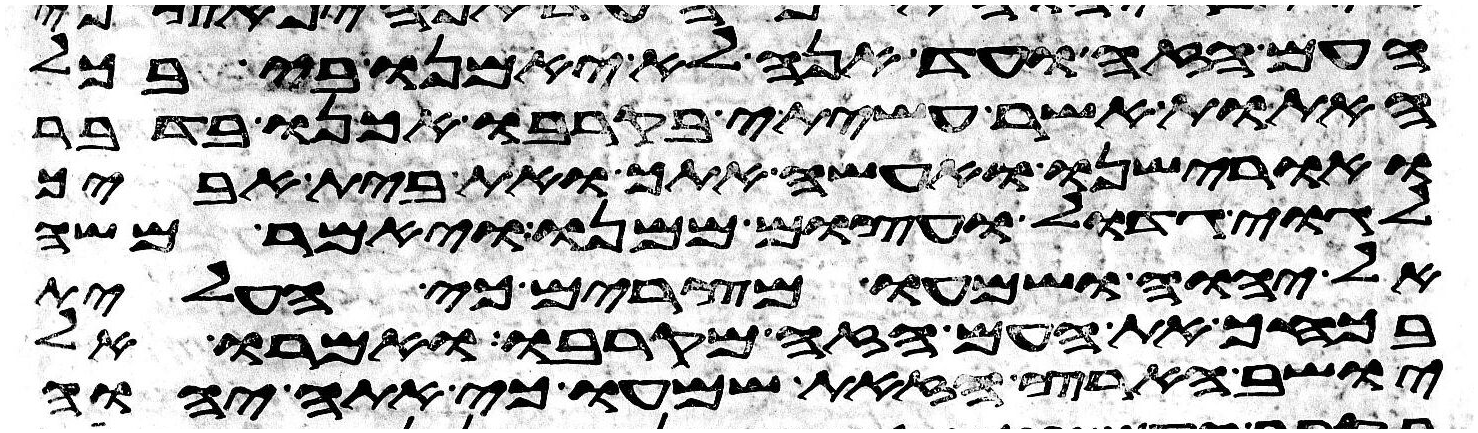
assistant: העם הזה ועד הנה לא יאמנו בי בכל
האתות אשר עשיתי בקרבו אכנו בדבר
ואורישנו ואעשה אתך ואת בית אביך
לגוי גדול ועצום ממנו ויאמר משה
אל יהוה ושמעו מצרים כי העלית
בכחך את העם הזה מקרבו ואמרו אל
יושב הארץ הזאת שמעו כי אתה יהוה